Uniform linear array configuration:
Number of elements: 64
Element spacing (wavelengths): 0.5
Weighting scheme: hamming
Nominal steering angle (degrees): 60
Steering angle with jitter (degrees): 61.026
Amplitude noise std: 0.05
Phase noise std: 0.05

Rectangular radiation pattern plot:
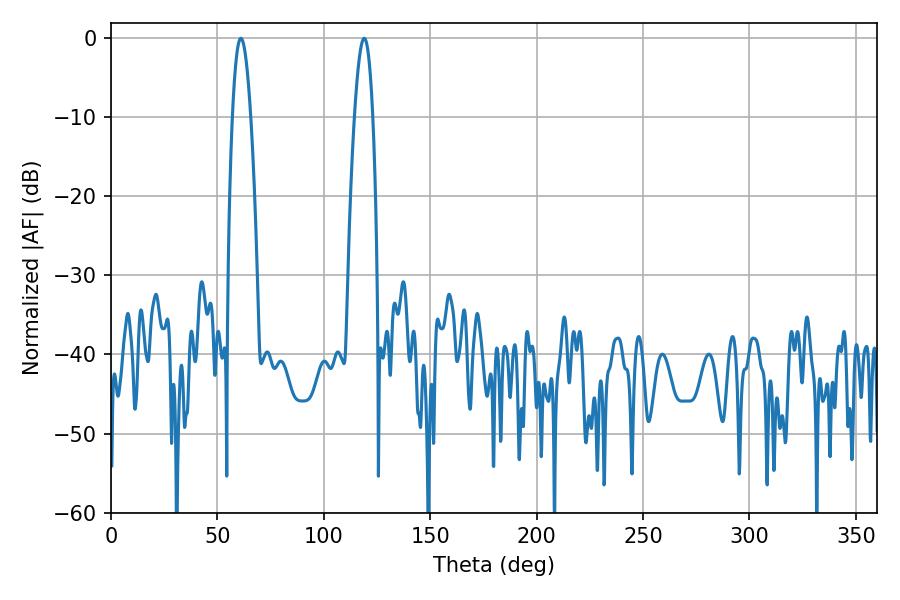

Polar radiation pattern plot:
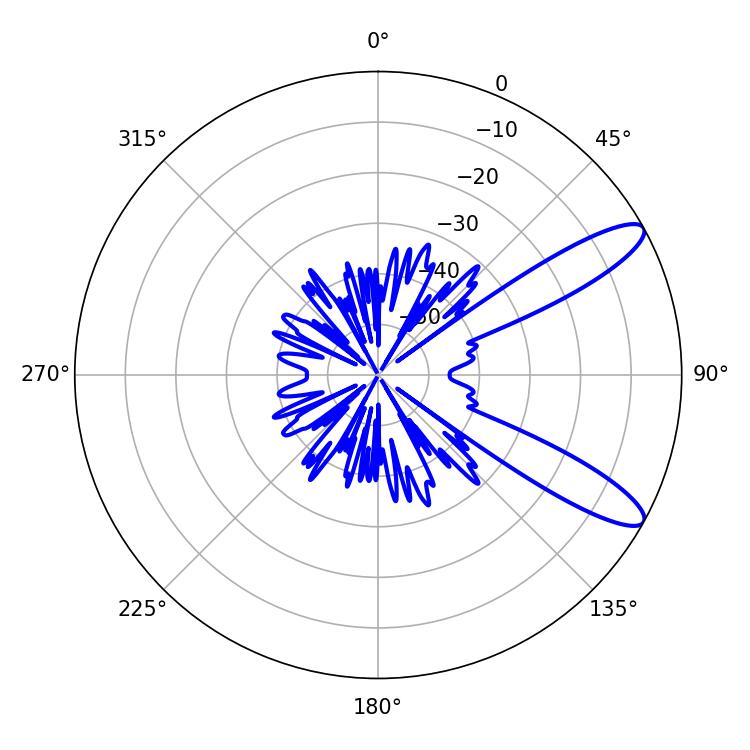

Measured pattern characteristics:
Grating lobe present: FALSE
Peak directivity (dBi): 11.052
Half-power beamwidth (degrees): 4.86
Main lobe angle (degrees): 61.02